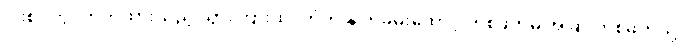
ပါးစပ်တွင်ကိုက်ထားသည့် သွားကြားထိုး တံကို နှုတ်ခမ်းထောင့် တစ်ဖက်မှ အခြားတစ်ဖက်သို့